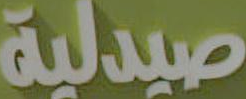
صيدلية